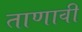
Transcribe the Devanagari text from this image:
ताणावी